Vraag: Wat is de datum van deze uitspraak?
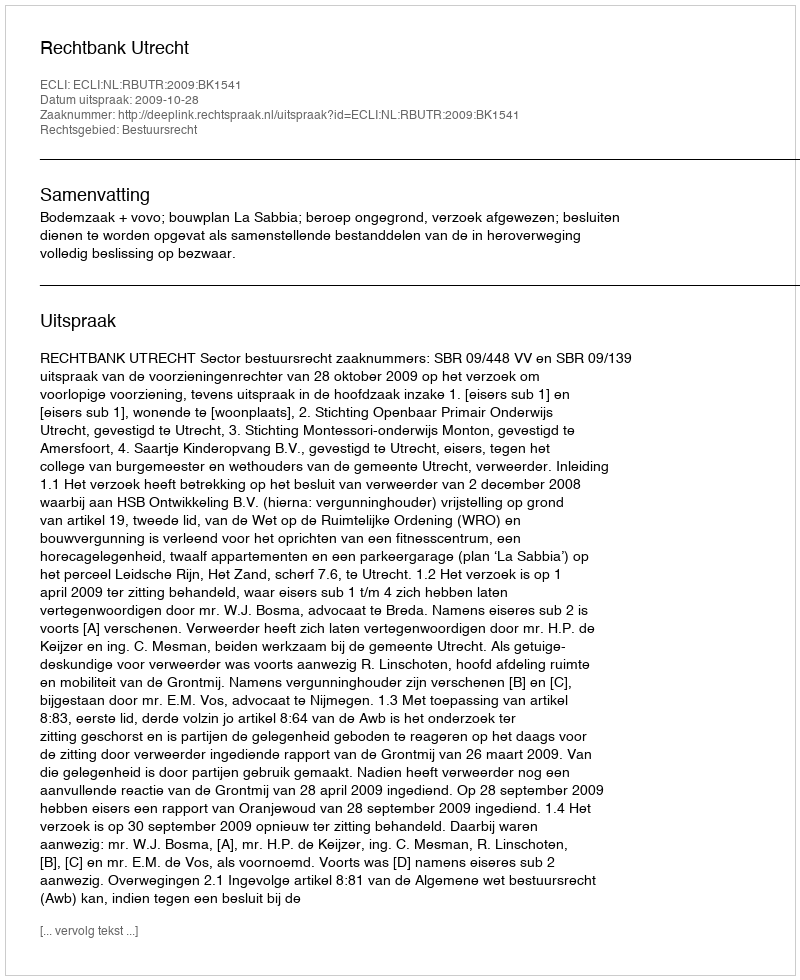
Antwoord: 2009-10-28